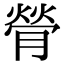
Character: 膋